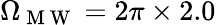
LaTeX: \Omega_{\mathrm{~M~W~}}=2\pi\times 2.0